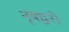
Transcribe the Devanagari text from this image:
नृषद्वरो